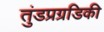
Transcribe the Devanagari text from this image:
तुंडप्रग्रडिकी